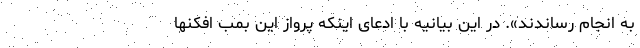
به انجام رساندند». در این بیانیه با ادعای اینکه پرواز این بمب افکنها